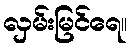
လှမ်းမြင်ရေ။